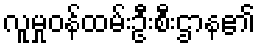
လူမှုဝန်ထမ်းဦးစီးဌာန၏